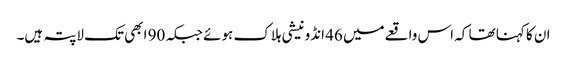
ان کا کہنا تھا کہ اس واقعےمیں 46 انڈونیشی ہلاک ہوئے جبکہ 90 ابھی تک لاپتہ ہیں۔